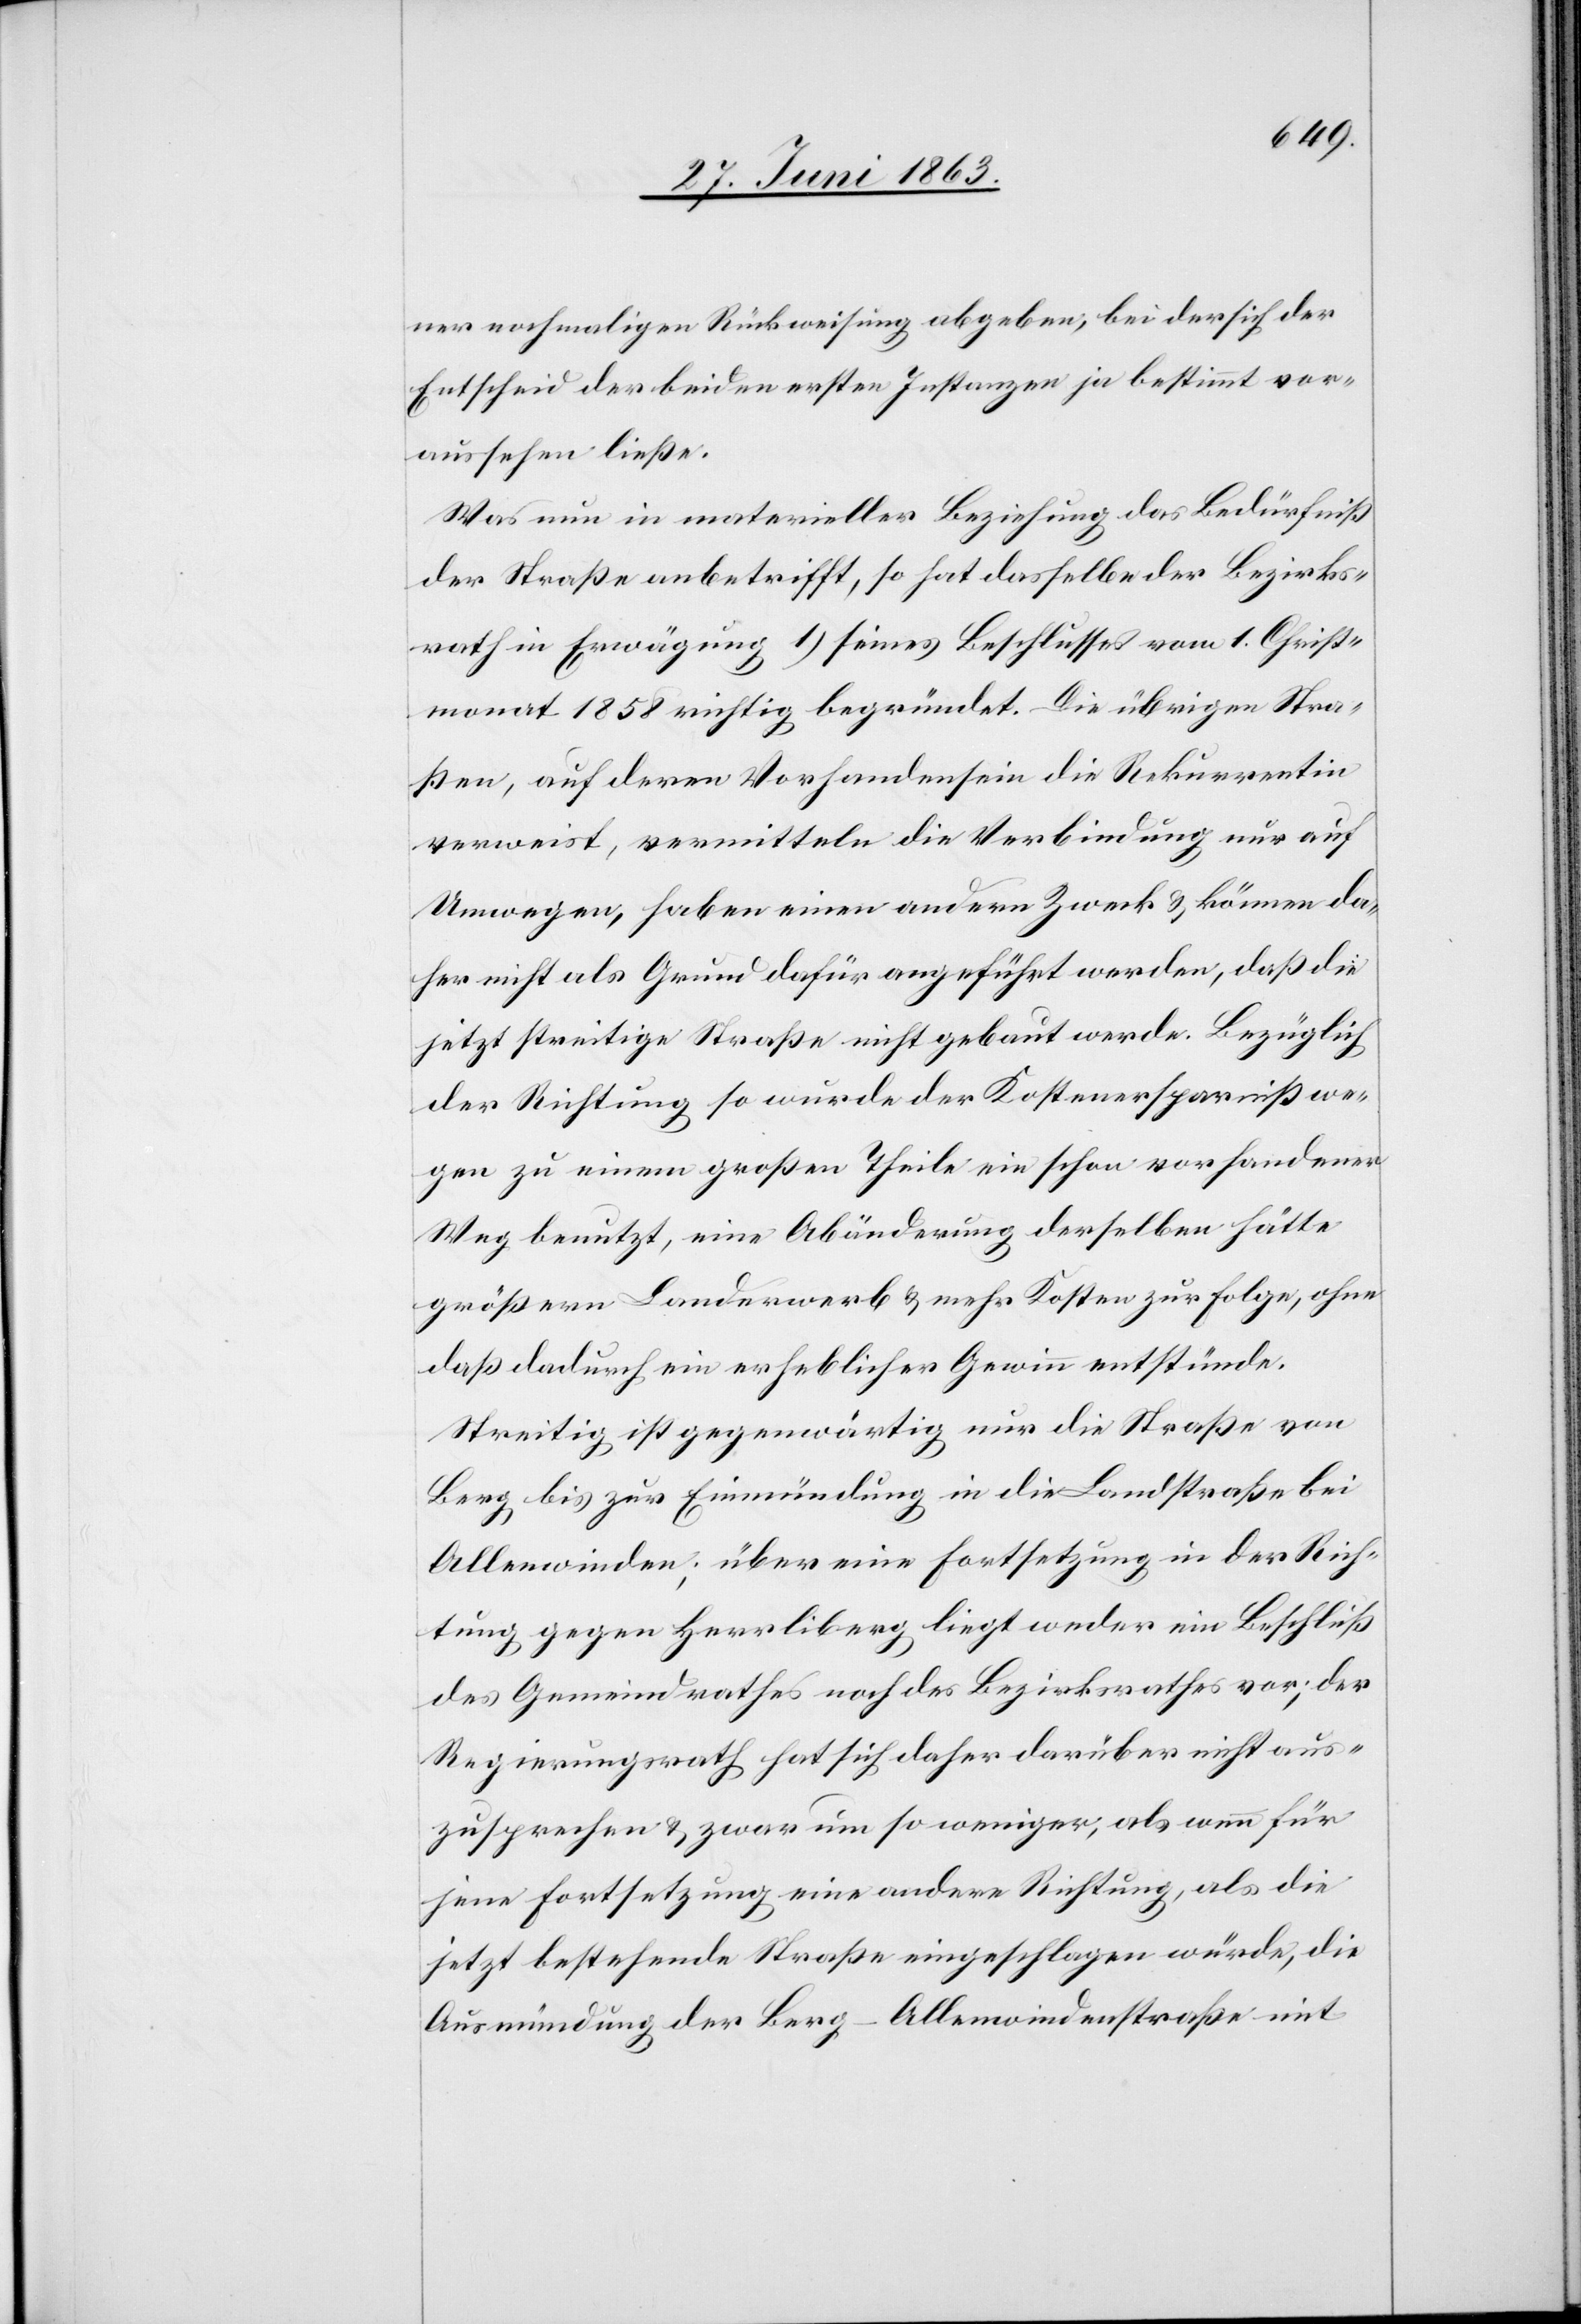
ner nochmaligen Rückweisung abgeben, bei der sich der
Entscheid der beiden ersten Instanzen ja bestimmt vor¬
aussehen ließe.
Was nun in materieller Beziehung das Bedürfniß
der Straße anbetrifft, so hat dasselbe der Bezirks¬
rath in Erwägung 1) seines Beschlusses vom 1. Christ¬
monat 1858 richtig begründet. Die übrigen Stra¬
ßen, auf deren Vorhandensein die Rekurrentin
verweist, vermitteln die Verbindung nur auf
Umwegen, haben einen andern Zweck & können da¬
her nicht als Grund dafür angeführt werden, daß die
jetzt streitige Straße nicht gebaut werde. Bezüglich
der Richtung so wurde der Kostenersparniß we¬
gen zu einem großen Theile ein schon vorhandener
Weg benutzt, eine Abänderung derselben hätte
größern Landerwerb & mehr Kosten zur Folge, ohne
daß dadurch ein erheblicher Gewinn entstünde.
Streitig ist gegenwärtig nur die Straße von
Berg bis zur Einmündung in die Landstraße bei
Allenwinden; über eine Fortsetzung in der Rich¬
tung gegen Herrliberg liegt weder ein Beschluß
des Gemeindrathes noch des Bezirksrathes vor; der
Regierungsrath hat sich daher darüber nicht aus¬
zusprechen & zwar um so weniger, als wenn für
jene Fortsetzung eine andere Richtung, als die
jetzt bestehende Straße eingeschlagen würde, die
Ausmündung der Berg-Allenwindenstraße mit